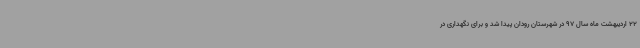
22 اردیبهشت ماه سال 97 در شهرستان رودان پیدا شد و برای نگهداری در